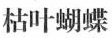
枯叶蝴蝶